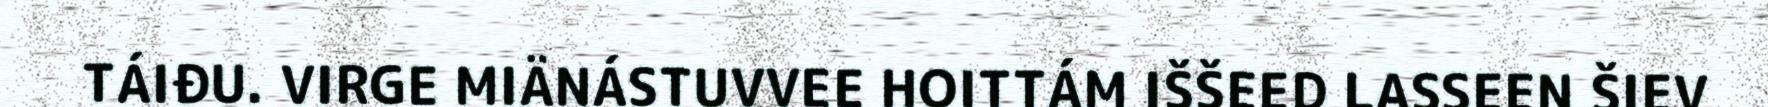
TÁIĐU. VIRGE MIÄNÁSTUVVEE HOITTÁM IŠŠEED LASSEEN ŠIEV